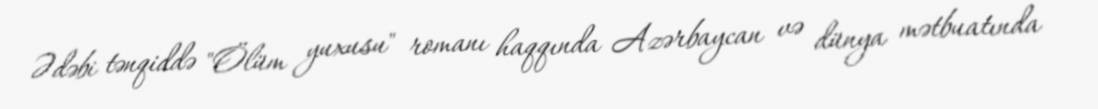
Ədəbi tənqiddə "Ölüm yuxusu" romanı haqqında Azərbaycan və dünya mətbuatında